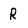
Character: R